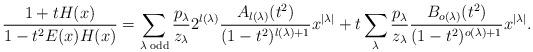
LaTeX: \begin{align*}\frac{1+tH(x)}{1-t^{2}E(x)H(x)} & =\sum_{\lambda\;\mathrm{odd}}\frac{p_{\lambda}}{z_{\lambda}}2^{l(\lambda)}\frac{A_{l(\lambda)}(t^{2})}{(1-t^{2})^{l(\lambda)+1}}x^{\left|\lambda\right|}+t\sum_{\lambda}\frac{p_{\lambda}}{z_{\lambda}}\frac{B_{o(\lambda)}(t^{2})}{(1-t^{2})^{o(\lambda)+1}}x^{\left|\lambda\right|}.\end{align*}